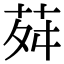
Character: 荈